Report on vaccination in the Province of Bengal - 1874-1889
Year: 1874
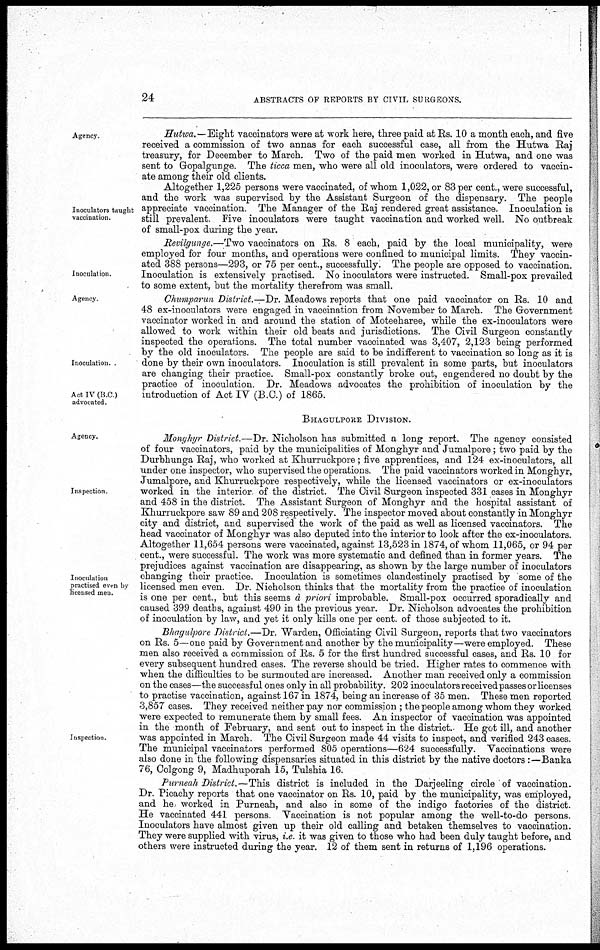
24
ABSTRACTS OF REPORTS BY CIVIL SURGEONS.
Agency.
Hutwa.—Eight vaccinators were at work here, three paid at Rs. 10 a month each, and five
received a commission of two annas for each successful case, all from the Hutwa Raj
treasury, for December to March. Two of the paid men worked in Hutwa, and one was
sent to Gopalgunge. The ticca men, who were all old inoculators, were ordered to vaccin-
ate among their old clients.
Inoculators taught
vaccination.
Altogether 1,225 persons were vaccinated, of whom 1,022, or 83 per cent., were successful,
and the work was supervised by the Assistant Surgeon of the dispensary. The people
appreciate vaccination. The Manager of the Raj rendered great assistance. Inoculation is
still prevalent. Five inoculators were taught vaccination and worked well. No outbreak
of small-pox during the year.
Inoculation.
Revilgunge.—Two vaccinators on Rs. 8 each, paid by the local municipality, were
employed for four months, and operations were confined to municipal limits. They vaccin-
ated 388 persons—293, or 75 per cent., successfully. The people are opposed to vaccination.
Inoculation is extensively practised. No inoculators were instructed. Small-pox prevailed
to some extent, but the mortality therefrom was small.
Agency.
Inoculation .
Act IV (B.C )
advocated.
Chumparun District.—Dr. Meadows reports that one paid vaccinator on Rs. 10 and
48 ex-inoculators were engaged in vaccination from November to March. The Government
vaccinator worked in and around the station of Moteeharee, while the ex-inoculators were
allowed to work within their old beats and jurisdictions. The Civil Surgeon constantly
inspected the operations. The total number vaccinated was 3,407, 2,123 being performed
by the old inoculators. The people are said to be indifferent to vaccination so long as it is
done by their own inoculators. Inoculation is still prevalent in some parts, but inoculators
are changing their practice. Small-pox constantly broke out, engendered no doubt by the
practice of inoculation. Dr. Meadows advocates the prohibition of inoculation by the
introduction of Act IV (B.C.) of 1865.
BHAGULPORE DIVISION.
Agency.
Inspection.
Inoculation
practised even by
licensed men.
Monghyr District.—Dr. Nicholson has submitted a long report. The agency consisted
of four vaccinators, paid by the municipalities of Monghyr and Jumalpore; two paid by the
Durbhunga Raj, who worked at Khurruckpore; five apprentices, and 124 ex-inoculators, all
under one inspector, who supervised the operations. The paid vaccinators worked in Monghyr,
Jumalpore, and Khurruckpore respectively, while the licensed vaccinators or ex-inoculators
worked in the interior of the district. The Civil Surgeon inspected 331 cases in Monghyr
and 458 in the district. The Assistant Surgeon of Monghyr and the hospital assistant of
Khurruckpore saw 89 and 208 respectively. The inspector moved about constantly in Monghyr
city and district, and supervised the work of the paid as well as licensed vaccinators. The
head vaccinator of Monghyr was also deputed into the interior to look after the ex-inoculators.
Altogether 11,654 persons were vaccinated, against 13,523 in 1874, of whom 11,065, or 94 per
cent., were successful. The work was more systematic and defined than in former years. The
prejudices against vaccination are disappearing, as shown by the large number of inoculators
changing their practice. Inoculation is sometimes clandestinely practised by some of the
licensed men even. Dr. Nicholson thinks that the mortality from the practice of inoculation
is one per cent., but this seems d priori improbable. Small-pox occurred sporadically and
caused 399 deaths, against 490 in the previous year. Dr. Nicholson advocates the prohibition
of inoculation by law, and yet it only kills one per cent. of those subjected to it.
Inspection.
Bhagulpore District.—Dr. Warden, Officiating Civil Surgeon, reports that two vaccinators
on Rs. 5—one paid by Government and another by the municipality—were employed. These
men also received a commission of Rs. 5 for the first hundred successful cases, and Rs. 10 for
every subsequent hundred cases. The reverse should be tried. Higher rates to commence with
when the difficulties to be surmouted are increased. Another man received only a commission
on the cases—the successful ones only in all probability. 202 inoculators received passes or licenses
to practise vaccination, against 167 in 1874, being an increase of 35 men. These men reported
3,857 cases. They received neither pay nor commission; the people among whom they worked
were expected to remunerate them by small fees. An inspector of vaccination was appointed
in the month of February, and sent out to inspect in the district. He got ill, and another
was appointed in March. The Civil Surgeon made 44 visits to inspect, and verified 243 cases.
The municipal vaccinators performed 805 operations—624 successfully. Vaccinations were
also done in the following dispensaries situated in this district by the native doctors:—Banka
76, Colgong 9, Madhuporah 15, Tulshia 16.
Purneah District.—This district is included in the Darjeeling circle of vaccination.
Dr Picachy reports that one vaccinator on Rs. 10, paid by the municipality, was employed,
and he worked in Purneah, and also in some of the indigo factories of the district.
He vaccinated 441 persons. Vaccination is not popular among the well-to-do persons.
Inoculators have almost given up their old calling and betaken themselves to vaccination.
They were supplied with virus, i.e. it was given to those who had been duly taught before, and
others were instructed during the year. 12 of them sent in returns of 1,196 operations.